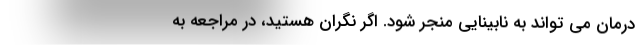
درمان می تواند به نابینایی منجر شود. اگر نگران هستید، در مراجعه به